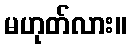
မဟုတ်လား။